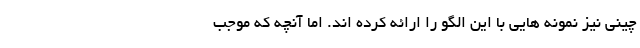
چینی نیز نمونه هایی با این الگو را ارائه کرده اند. اما آنچه که موجب